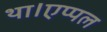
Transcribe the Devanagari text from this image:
था।एप्पल